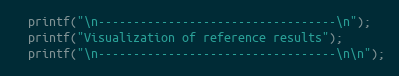
Language: C
  printf("\n----------------------------------\n");
  printf("Visualization of reference results");
  printf("\n----------------------------------\n\n");